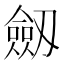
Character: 劔